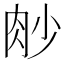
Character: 𦙧